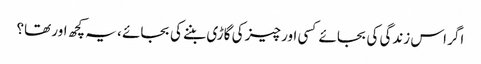
اگر اس زندگی کی بجائے کسی اور چیز کی گاڑی بننے کی بجائے ، یہ کچھ اور تھا؟